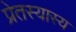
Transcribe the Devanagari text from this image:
प्रेतस्यास्य